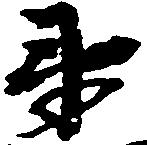
衛